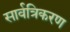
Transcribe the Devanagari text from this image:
सार्वत्रिकरण